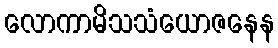
လောကာမိသသံယောဇနေန